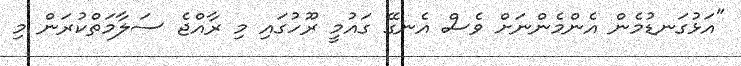
"އަޅުގަނޑުމެން އެންމެންނަށް ވެސް އެނގޭ ގައުމީ ރޫހުގައި މި ރާއްޖެ ސަލާމަތްކުރަން މި